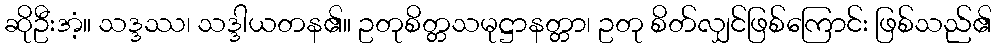
ဆိုဦးအံ့။ သဒ္ဒဿ၊ သဒ္ဒါယတန၏။ ဥတုစိတ္တသမုဋ္ဌာနတ္တာ၊ ဥတု စိတ်လျှင်ဖြစ်ကြောင်း ဖြစ်သည်၏